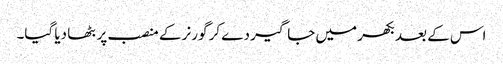
اس کے بعد بکھر میں جاگیر دے کر گورنر کے منصب پر بٹھا دیا گیا۔